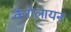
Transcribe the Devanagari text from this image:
कैरोलायन